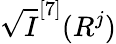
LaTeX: \sqrt{I}^{[7]}(R^{j})